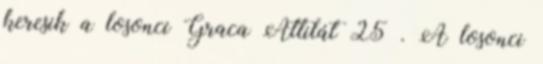
keresik a losonci Graca Attilát 25 . A losonci